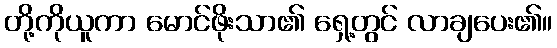
တို့ကိုယူကာ မောင်ဖိုးသာ၏ ရှေ့တွင် လာချပေး၏။